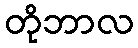
တိုဘာလ